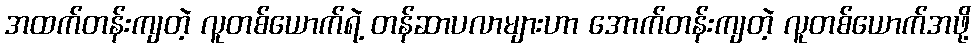
အထက်တန်းကျတဲ့ လူတစ်ယောက်ရဲ့ တန်ဆာပလာများဟာ အောက်တန်းကျတဲ့ လူတစ်ယောက်အဖို့